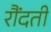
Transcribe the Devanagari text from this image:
रौंदती